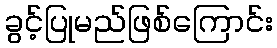
ခွင့်ပြုမည်ဖြစ်ကြောင်း